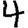
Digit: 4